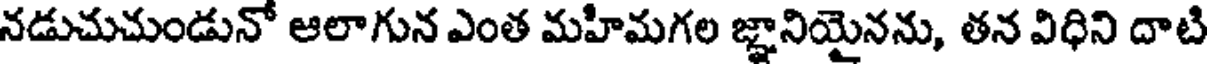
నడుచుచుండునో ఆలాగున ఎంత మహీమగల జ్ఞానియైనను, తన విధిని దాటి